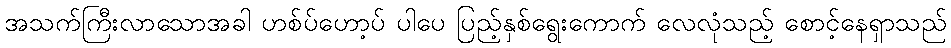
အသက်ကြီးလာသောအခါ ဟစ်ပ်ဟော့ပ် ပါပေ ပြည့်နှစ်ရွေးကောက် လေလုံသည့် စောင့်နေရှာသည်